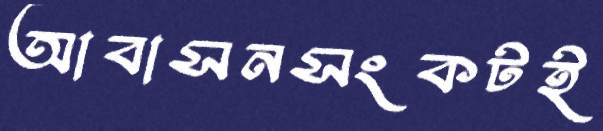
আবাসনসংকটই